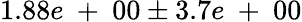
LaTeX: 1.88e\mathrm{~+~}00\pm 3.7e\mathrm{~+~}00